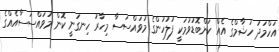
އަހްމަދު ހުޝާމްގެ އެއް ކަންބޮޑުވުމަކީ ފުލުހުންގެ މުވައްސަސާ މިހާރު ހިނގަނީ ކޮން މުވައްސަސާއެއްްގެ